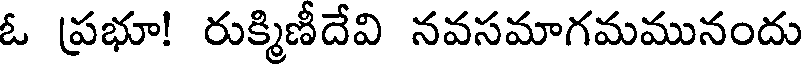
ఓ ప్రభూ! రుక్మిణీదేవి నవసమాగమమునందు